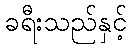
ခရီးသည်နှင့်